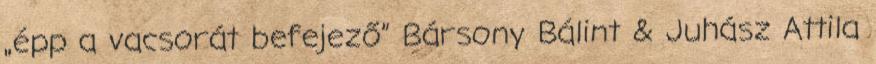
„épp a vacsorát befejező” Bársony Bálint & Juhász Attila